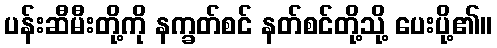
ပန်းဆီမီးတို့ကို နက္ခတ်စင် နတ်စင်တို့သို့ ပေးပို့၏။